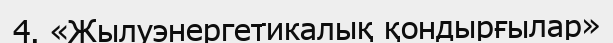
4. «Жылуэнергетикалық қондырғылар»